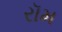
રૉમ